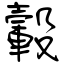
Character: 轂